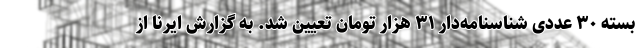
بسته ۳۰ عددی شناسنامه‌دار ۳۱ هزار تومان تعیین شد. به گزارش ایرنا از